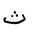
Letter: _tha